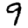
Digit: 9